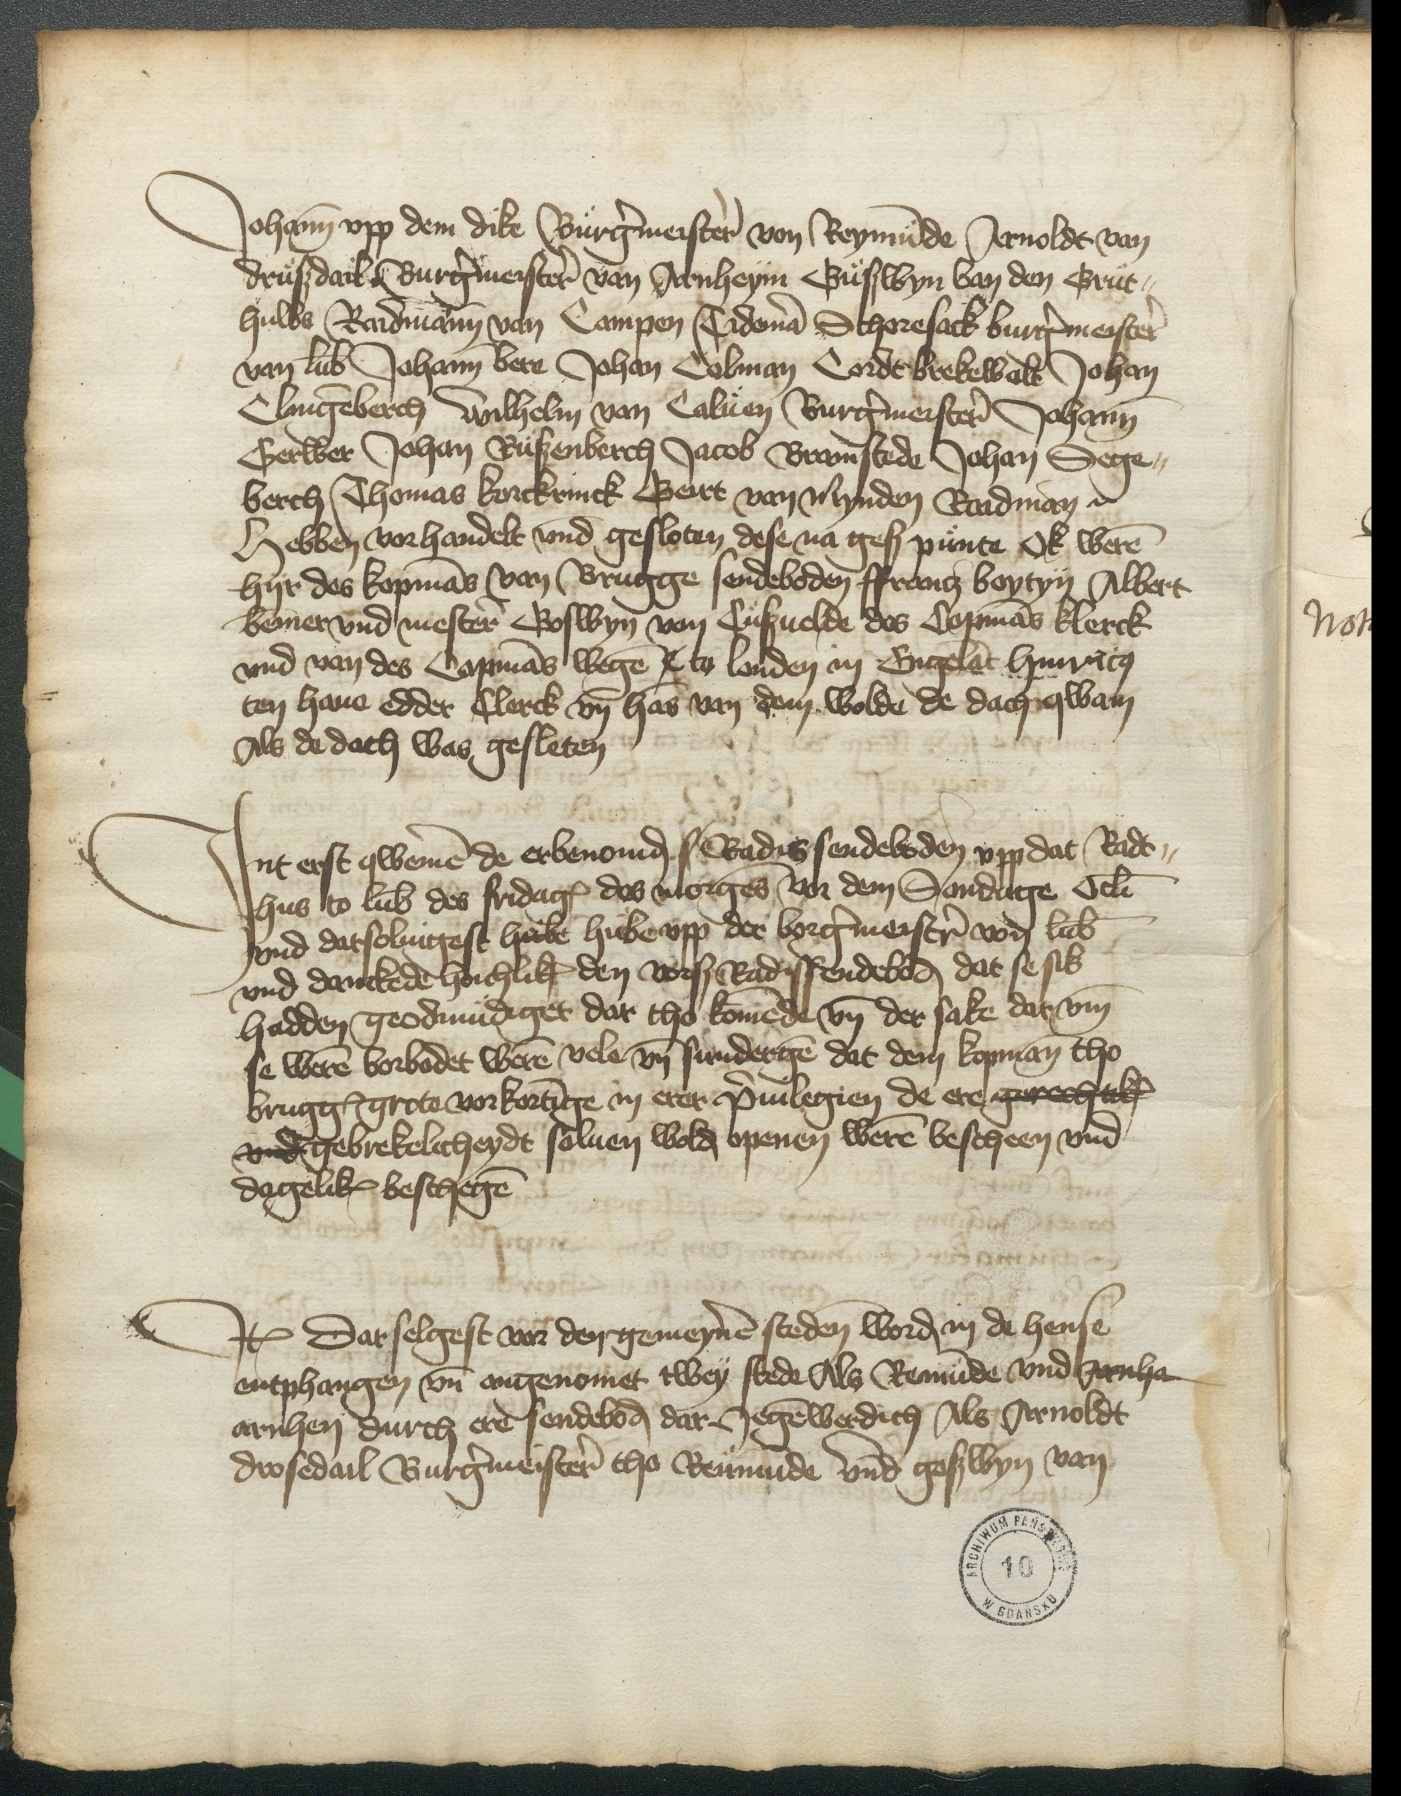
Johann vpp dem dike Burgermeister von Reymunde Arnoldt van
Drußdack Burgermeister van Arnheym Güßwyn van den Grut¬
huws Raidmann van Campen Tideman Schoresack burgermeister
van Lubeke Johann Bere Johan Golman Corde Brekewalt Johan
Clingenberch Wilhelm van Caluen Burgermeister Johann
Gerwer Johan Rußenberch Jacob Bramstede Johan Sege¬
berch Thomas Kerckrinck Gert van Mynden Raidman etc
Hebben vorhandelt vnd gesloten dese na gescruene punte Ok weren
hyr des kopmans van Brugge sendeboden Ffrantz boytyn Albert
Bemmer vnd mester Goswyn van Cußuelde des Copmans Klerck
vnd van des Copmans wegen C to Londen in Engelant Hinricus
ten Haue edder Clerck vnd Hans van dem Wolde de dach qwam
Als de dach was gesleten

Jnt erst qwemen de erbenomden s Radissendeboden vpp dat Radt¬
hus to Lubeke des fridages des morgens, vor dem Sondage Oculi
vnd datsoluigest habe hube vpp der borgermeistren vor Lubeke
vnd dankede hoichlik den vorscreuen Radissendeboden dat se sik
hadden geodmudiget dar tho komende vnde der sake dar vmme
se weren vorbodet weren vele vnde sundergen dat dem kopman tho
Brugge grote vorkortinge in erer priuilegien de ere gerechiiken
vnd gebrekelicheydt soluen wolden openen weren bescheen vnd
dageliken beschegen

Jtem Darselgest vor den gemeynen steden worden de hense
entphangen vnde vtgenomet twey stede Als Remunde vnd Arnha
Arnhen durch ere sendeboden dar Jegenwerdich Als Arnoldt
Drosedail Burgermeister tho Remunde vnd Goßwyn van